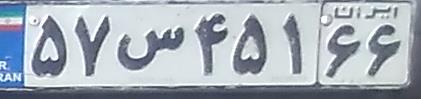
۵۷س۴۵۱۶۶